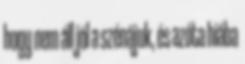
hogy nem áll jól a szénájuk, és azóta hiába